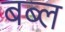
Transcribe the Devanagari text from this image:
बब्ल